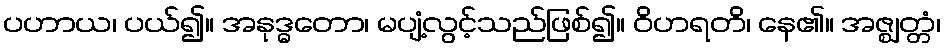
ပဟာယ၊ ပယ်၍။ အနုဒ္ဓတော၊ မပျံ့လွင့်သည်ဖြစ်၍။ ဝိဟရတိ၊ နေ၏။ အဇ္ဈတ္တံ၊